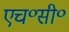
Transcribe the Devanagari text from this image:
एच॰सी॰